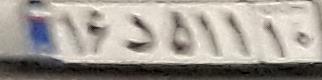
۱۶د۵۱۱۱۰